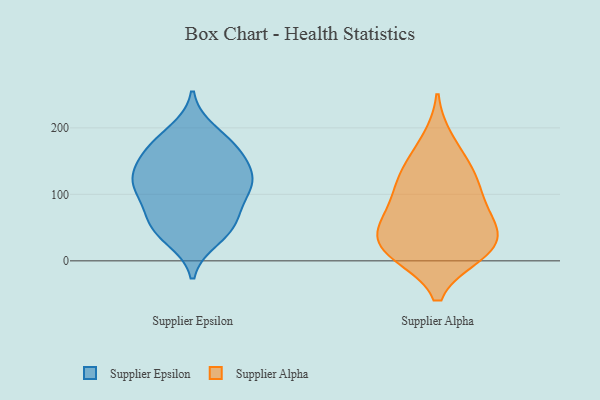
{"axis": {"x": "Energy Usage (MWh)", "y": "Value"}, "legend": ["Supplier Alpha", "Supplier Epsilon"], "data": [{"x": "", "y": 103, "type": "Supplier Epsilon"}, {"x": "", "y": 71, "type": "Supplier Epsilon"}, {"x": "", "y": 34, "type": "Supplier Epsilon"}, {"x": "", "y": 48, "type": "Supplier Epsilon"}, {"x": "", "y": 138, "type": "Supplier Epsilon"}, {"x": "", "y": 117, "type": "Supplier Epsilon"}, {"x": "", "y": 51, "type": "Supplier Epsilon"}, {"x": "", "y": 111, "type": "Supplier Epsilon"}, {"x": "", "y": 169, "type": "Supplier Epsilon"}, {"x": "", "y": 119, "type": "Supplier Epsilon"}, {"x": "", "y": 168, "type": "Supplier Epsilon"}, {"x": "", "y": 59, "type": "Supplier Epsilon"}, {"x": "", "y": 194, "type": "Supplier Epsilon"}, {"x": "", "y": 143, "type": "Supplier Epsilon"}, {"x": "", "y": 112, "type": "Supplier Epsilon"}, {"x": "", "y": 174, "type": "Supplier Epsilon"}, {"x": "", "y": 116, "type": "Supplier Alpha"}, {"x": "", "y": 129, "type": "Supplier Alpha"}, {"x": "", "y": 40, "type": "Supplier Alpha"}, {"x": "", "y": 11, "type": "Supplier Alpha"}, {"x": "", "y": 59, "type": "Supplier Alpha"}, {"x": "", "y": 11, "type": "Supplier Alpha"}, {"x": "", "y": 10, "type": "Supplier Alpha"}, {"x": "", "y": 147, "type": "Supplier Alpha"}, {"x": "", "y": 181, "type": "Supplier Alpha"}, {"x": "", "y": 67, "type": "Supplier Alpha"}, {"x": "", "y": 108, "type": "Supplier Alpha"}, {"x": "", "y": 77, "type": "Supplier Alpha"}, {"x": "", "y": 35, "type": "Supplier Alpha"}, {"x": "", "y": 24, "type": "Supplier Alpha"}]}